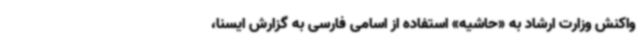
واکنش وزارت ارشاد به «حاشیه‌» استفاده از اسامی فارسی به گزارش ایسنا،